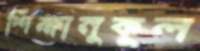
শিক্ষানুকূল